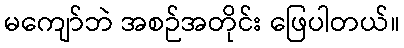
မကျော်ဘဲ အစဉ်အတိုင်း ဖြေပါတယ်။